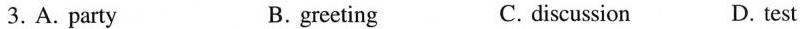
3.A.Party B.greeting C.discussion D.test